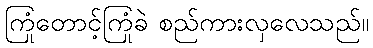
ကြုံတောင့်ကြုံခဲ စည်ကားလှလေသည်။